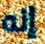
إنه